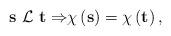
LaTeX: \begin{align*}{\bf s\ }{\cal L\ }{\bf t\Rightarrow }\chi \left( {\bf s}\right)=\chi \left( {\bf t}\right) ,\end{align*}